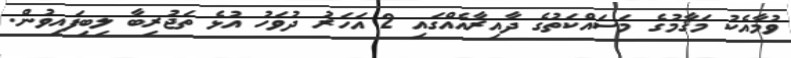
ވުމާއެކު މަޤާމުގެ މަސައްކަތުގެ ދާއިރާއެއްގައި 2 އަހަރު ދުވަހު އުޅެ ތަޖުރިބާ ލިބިފައިވުން.